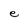
Character: e